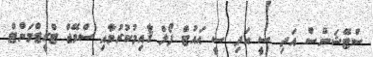
ސްޓޭޝަންސް އަދި ސީ އަދި ސީ އައުޓް ފޯލް ޤާއިމުކުރުމާއި ސްވޭޖް ޓްރީޓްމަންޓް